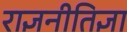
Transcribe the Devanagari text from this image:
राज्ञनीतिज्ञा